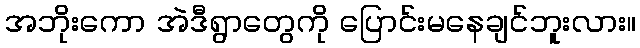
အဘိုးကော အဲဒီရွာတွေကို ပြောင်းမနေချင်ဘူးလား။